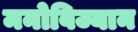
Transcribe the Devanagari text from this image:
मनोविज्यान